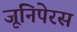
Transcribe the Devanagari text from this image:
जूनिपेरस